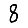
Digit: 8